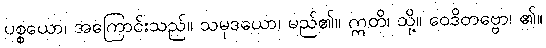
ပစ္စယော၊ အကြောင်းသည်။ သမုဒယော၊ မည်၏။ ဣတိ၊ သို့။ ဝေဒိတဗ္ဗော၊ ၏။